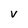
Character: V